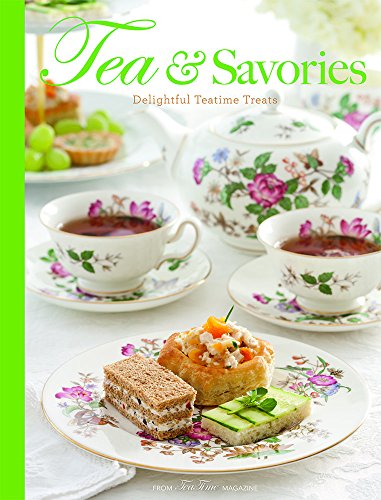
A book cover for Tea & Savories: Delightful Teatime Treats; Cookbooks, Food & Wine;